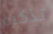
تذكره